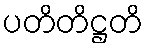
ပတိတိဋ္ဌတိ